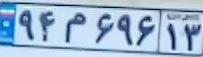
۹۴م۶۹۶۱۳